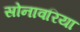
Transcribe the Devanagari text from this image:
सोनावरिया